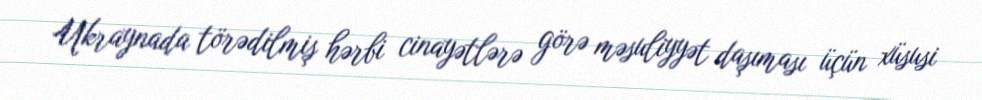
Ukraynada törədilmiş hərbi cinayətlərə görə məsuliyyət daşıması üçün xüsusi